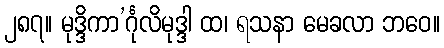
၂၈၇။ မုဒ္ဒိကာ’င်္ဂုလိမုဒ္ဒါ ထ၊ ရသနာ မေခလာ ဘဝေ။